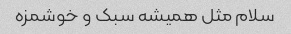
سلام مثل همیشه سبک و خوشمزه